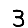
Digit: 3